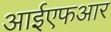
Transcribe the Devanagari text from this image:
आईएफआर